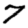
Digit: 7